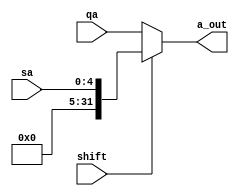
module alu_mux(qa, sa, shift, a_out);
    input [31:0] qa;
    input [4:0] sa;
    input shift;
    output wire [31:0] a_out;
    //{{16{0}}, imm}
    assign a_out = (shift == 1) ? {{27{0}},sa}: qa;
    
endmodule